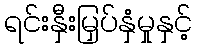
ရင်းနှီးမြှပ်နှံမှုနှင့်